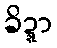
ခိဍ္ဍာ